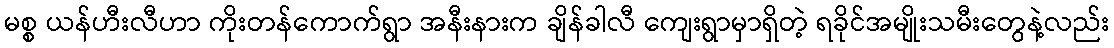
မစ္စ ယန်ဟီးလီဟာ ကိုးတန်ကောက်ရွာ အနီးနားက ချိန်ခါလီ ကျေးရွာမှာရှိတဲ့ ရခိုင်အမျိုးသမီးတွေနဲ့လည်း